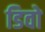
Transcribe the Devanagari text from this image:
डिवो